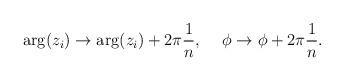
LaTeX: \begin{align*}\arg(z_i) \to \arg(z_i)+2\pi\frac1n, \hspace{5mm} \phi \to \phi+2\pi\frac1n. \end{align*}